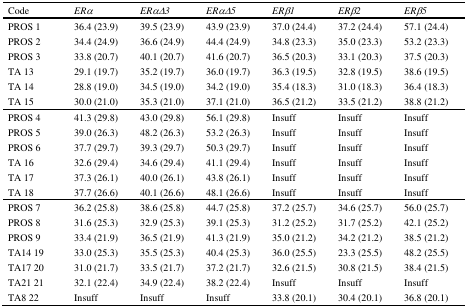
<table><thead><tr><td><b>Code</b></td><td><b><i>ERα</i></b></td><td><b><i>ERαΔ3</i></b></td><td><b><i>ERαΔ5</i></b></td><td><b><i>ERβ1</i></b></td><td><b><i>ERβ2</i></b></td><td><b><i>ERβ5</i></b></td></tr></thead><tbody><tr><td>PROS 1</td><td>36.4 (23.9)</td><td>39.5 (23.9)</td><td>43.9 (23.9)</td><td>37.0 (24.4)</td><td>37.2 (24.4)</td><td>57.1 (24.4)</td></tr><tr><td>PROS 2</td><td>34.4 (24.9)</td><td>36.6 (24.9)</td><td>44.4 (24.9)</td><td>34.8 (23.3)</td><td>35.0 (23.3)</td><td>53.2 (23.3)</td></tr><tr><td>PROS 3</td><td>33.8 (20.7)</td><td>40.1 (20.7)</td><td>41.6 (20.7)</td><td>36.5 (20.3)</td><td>33.1 (20.3)</td><td>37.5 (20.3)</td></tr><tr><td>TA 13</td><td>29.1 (19.7)</td><td>35.2 (19.7)</td><td>36.0 (19.7)</td><td>36.3 (19.5)</td><td>32.8 (19.5)</td><td>38.6 (19.5)</td></tr><tr><td>TA 14</td><td>28.8 (19.0)</td><td>34.5 (19.0)</td><td>34.2 (19.0)</td><td>35.4 (18.3)</td><td>31.0 (18.3)</td><td>36.4 (18.3)</td></tr><tr><td>TA 15</td><td>30.0 (21.0)</td><td>35.3 (21.0)</td><td>37.1 (21.0)</td><td>36.5 (21.2)</td><td>33.5 (21.2)</td><td>38.8 (21.2)</td></tr><tr><td>PROS 4</td><td>41.3 (29.8)</td><td>43.0 (29.8)</td><td>56.1 (29.8)</td><td>Insuff</td><td>Insuff</td><td>Insuff</td></tr><tr><td>PROS 5</td><td>39.0 (26.3)</td><td>48.2 (26.3)</td><td>53.2 (26.3)</td><td>Insuff</td><td>Insuff</td><td>Insuff</td></tr><tr><td>PROS 6</td><td>37.7 (29.7)</td><td>39.3 (29.7)</td><td>50.3 (29.7)</td><td>Insuff</td><td>Insuff</td><td>Insuff</td></tr><tr><td>TA 16</td><td>32.6 (29.4)</td><td>34.6 (29.4)</td><td>41.1 (29.4)</td><td>Insuff</td><td>Insuff</td><td>Insuff</td></tr><tr><td>TA 17</td><td>37.3 (26.1)</td><td>40.0 (26.1)</td><td>43.8 (26.1)</td><td>Insuff</td><td>Insuff</td><td>Insuff</td></tr><tr><td>TA 18</td><td>37.7 (26.6)</td><td>40.1 (26.6)</td><td>48.1 (26.6)</td><td>Insuff</td><td>Insuff</td><td>Insuff</td></tr><tr><td>PROS 7</td><td>36.2 (25.8)</td><td>38.6 (25.8)</td><td>44.7 (25.8)</td><td>37.2 (25.7)</td><td>34.6 (25.7)</td><td>56.0 (25.7)</td></tr><tr><td>PROS 8</td><td>31.6 (25.3)</td><td>32.9 (25.3)</td><td>39.1 (25.3)</td><td>31.2 (25.2)</td><td>31.7 (25.2)</td><td>42.1 (25.2)</td></tr><tr><td>PROS 9</td><td>33.4 (21.9)</td><td>36.5 (21.9)</td><td>41.3 (21.9)</td><td>35.0 (21.2)</td><td>34.2 (21.2)</td><td>38.5 (21.2)</td></tr><tr><td>TA14 19</td><td>33.0 (25.3)</td><td>35.5 (25.3)</td><td>40.4 (25.3)</td><td>36.0 (25.5)</td><td>23.3 (25.5)</td><td>48.2 (25.5)</td></tr><tr><td>TA17 20</td><td>31.0 (21.7)</td><td>33.5 (21.7)</td><td>37.2 (21.7)</td><td>32.6 (21.5)</td><td>30.8 (21.5)</td><td>38.4 (21.5)</td></tr><tr><td>TA21 21</td><td>32.1 (22.4)</td><td>34.9 (22.4)</td><td>38.2 (22.4)</td><td>Insuff</td><td>Insuff</td><td>Insuff</td></tr><tr><td>TA8 22</td><td>Insuff</td><td>Insuff</td><td>Insuff</td><td>33.8 (20.1)</td><td>30.4 (20.1)</td><td>36.8 (20.1)</td></tr></tbody></table>